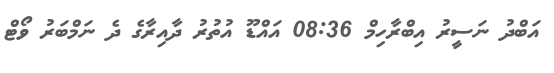
އަބްދު ނަސީރު އިބްރާހިމް 08:36 އައްޑޫ އުތުރު ދާއިރާގެ ދެ ނަމްބަރު ވޯޓް